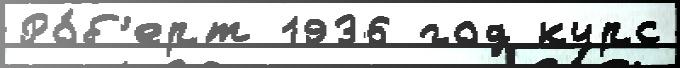
Ро́б'ерт 1936 год курс